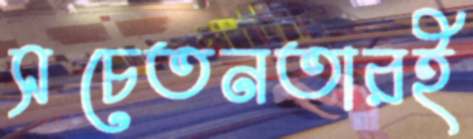
সচেতনতারই